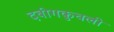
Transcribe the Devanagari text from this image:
दबीगकुचली